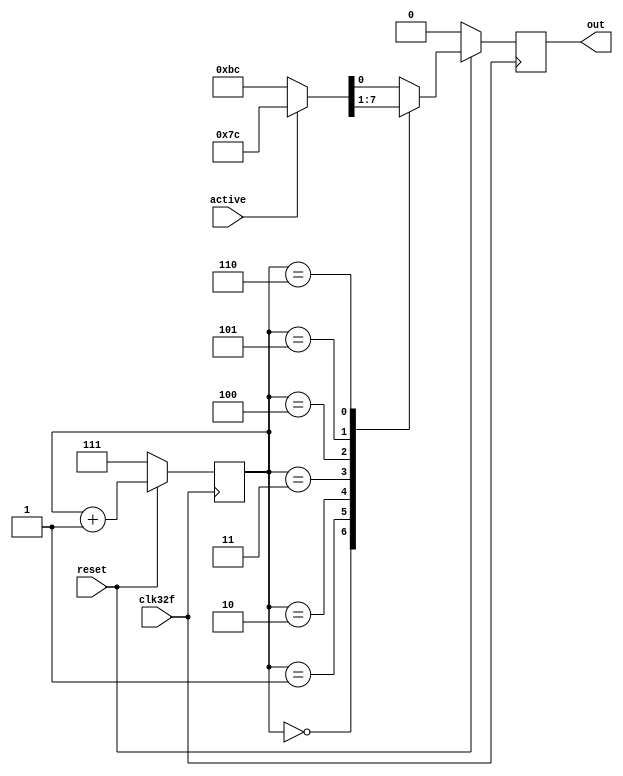
// Michelle Gutirrez 
// Cicuitos Digitales 2 - Proyecto1
// Paralelltoserial con IDLE

// Dependiendo del valor de la seal de active, envia de forma serial 7C O BC

module paralelo_a_serial_IDLE(

input wire active,
input wire reset,
input wire clk32f,
output reg out  
);



reg idle0, idle1, idle2, idle3, idle4, idle5, idle6, idle7;
reg [2:0] selector;

// Si el dato es valido se llenan los paquetes de bits y sino se pasa BC
 always @ (*)
        if(active == 1)
        {idle0, idle1, idle2, idle3, idle4, idle5, idle6, idle7} = 'h7C;
        else begin
        {idle0, idle1, idle2, idle3, idle4, idle5, idle6, idle7} = 'hBC;
        end

always @(posedge clk32f)begin
        if (reset == 0) 
        begin
        out <= 0;
        selector <= 3'b111;
        end
        else begin 
        // Lgica para cuando reset == 1
        selector <= selector + 1;
        case ({selector})
        3'b000: out <= idle0;
        3'b001: out <= idle1;
        3'b010: out <= idle2;
        3'b011: out <= idle3;
        3'b100: out <= idle4;
        3'b101: out <= idle5;
        3'b110: out <= idle6;
        default: out <= idle7;

        endcase
    end
end

endmodule